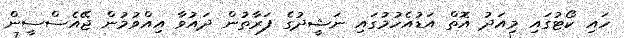
ހައި ކޯޓުގައި މިއަދު އޮތް އަޑުއެހުމުގައި ނަޝީދުގެ ފަރާތުން ދައުވާ އިއްވުމުން ޖޭއެސްސީން